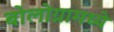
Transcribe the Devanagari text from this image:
बोलोग्नामध्ये